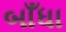
બાઁધા